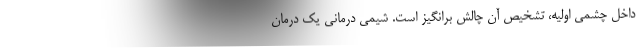
داخل چشمی اولیه، تشخیص آن چالش برانگیز است. شیمی درمانی یک درمان